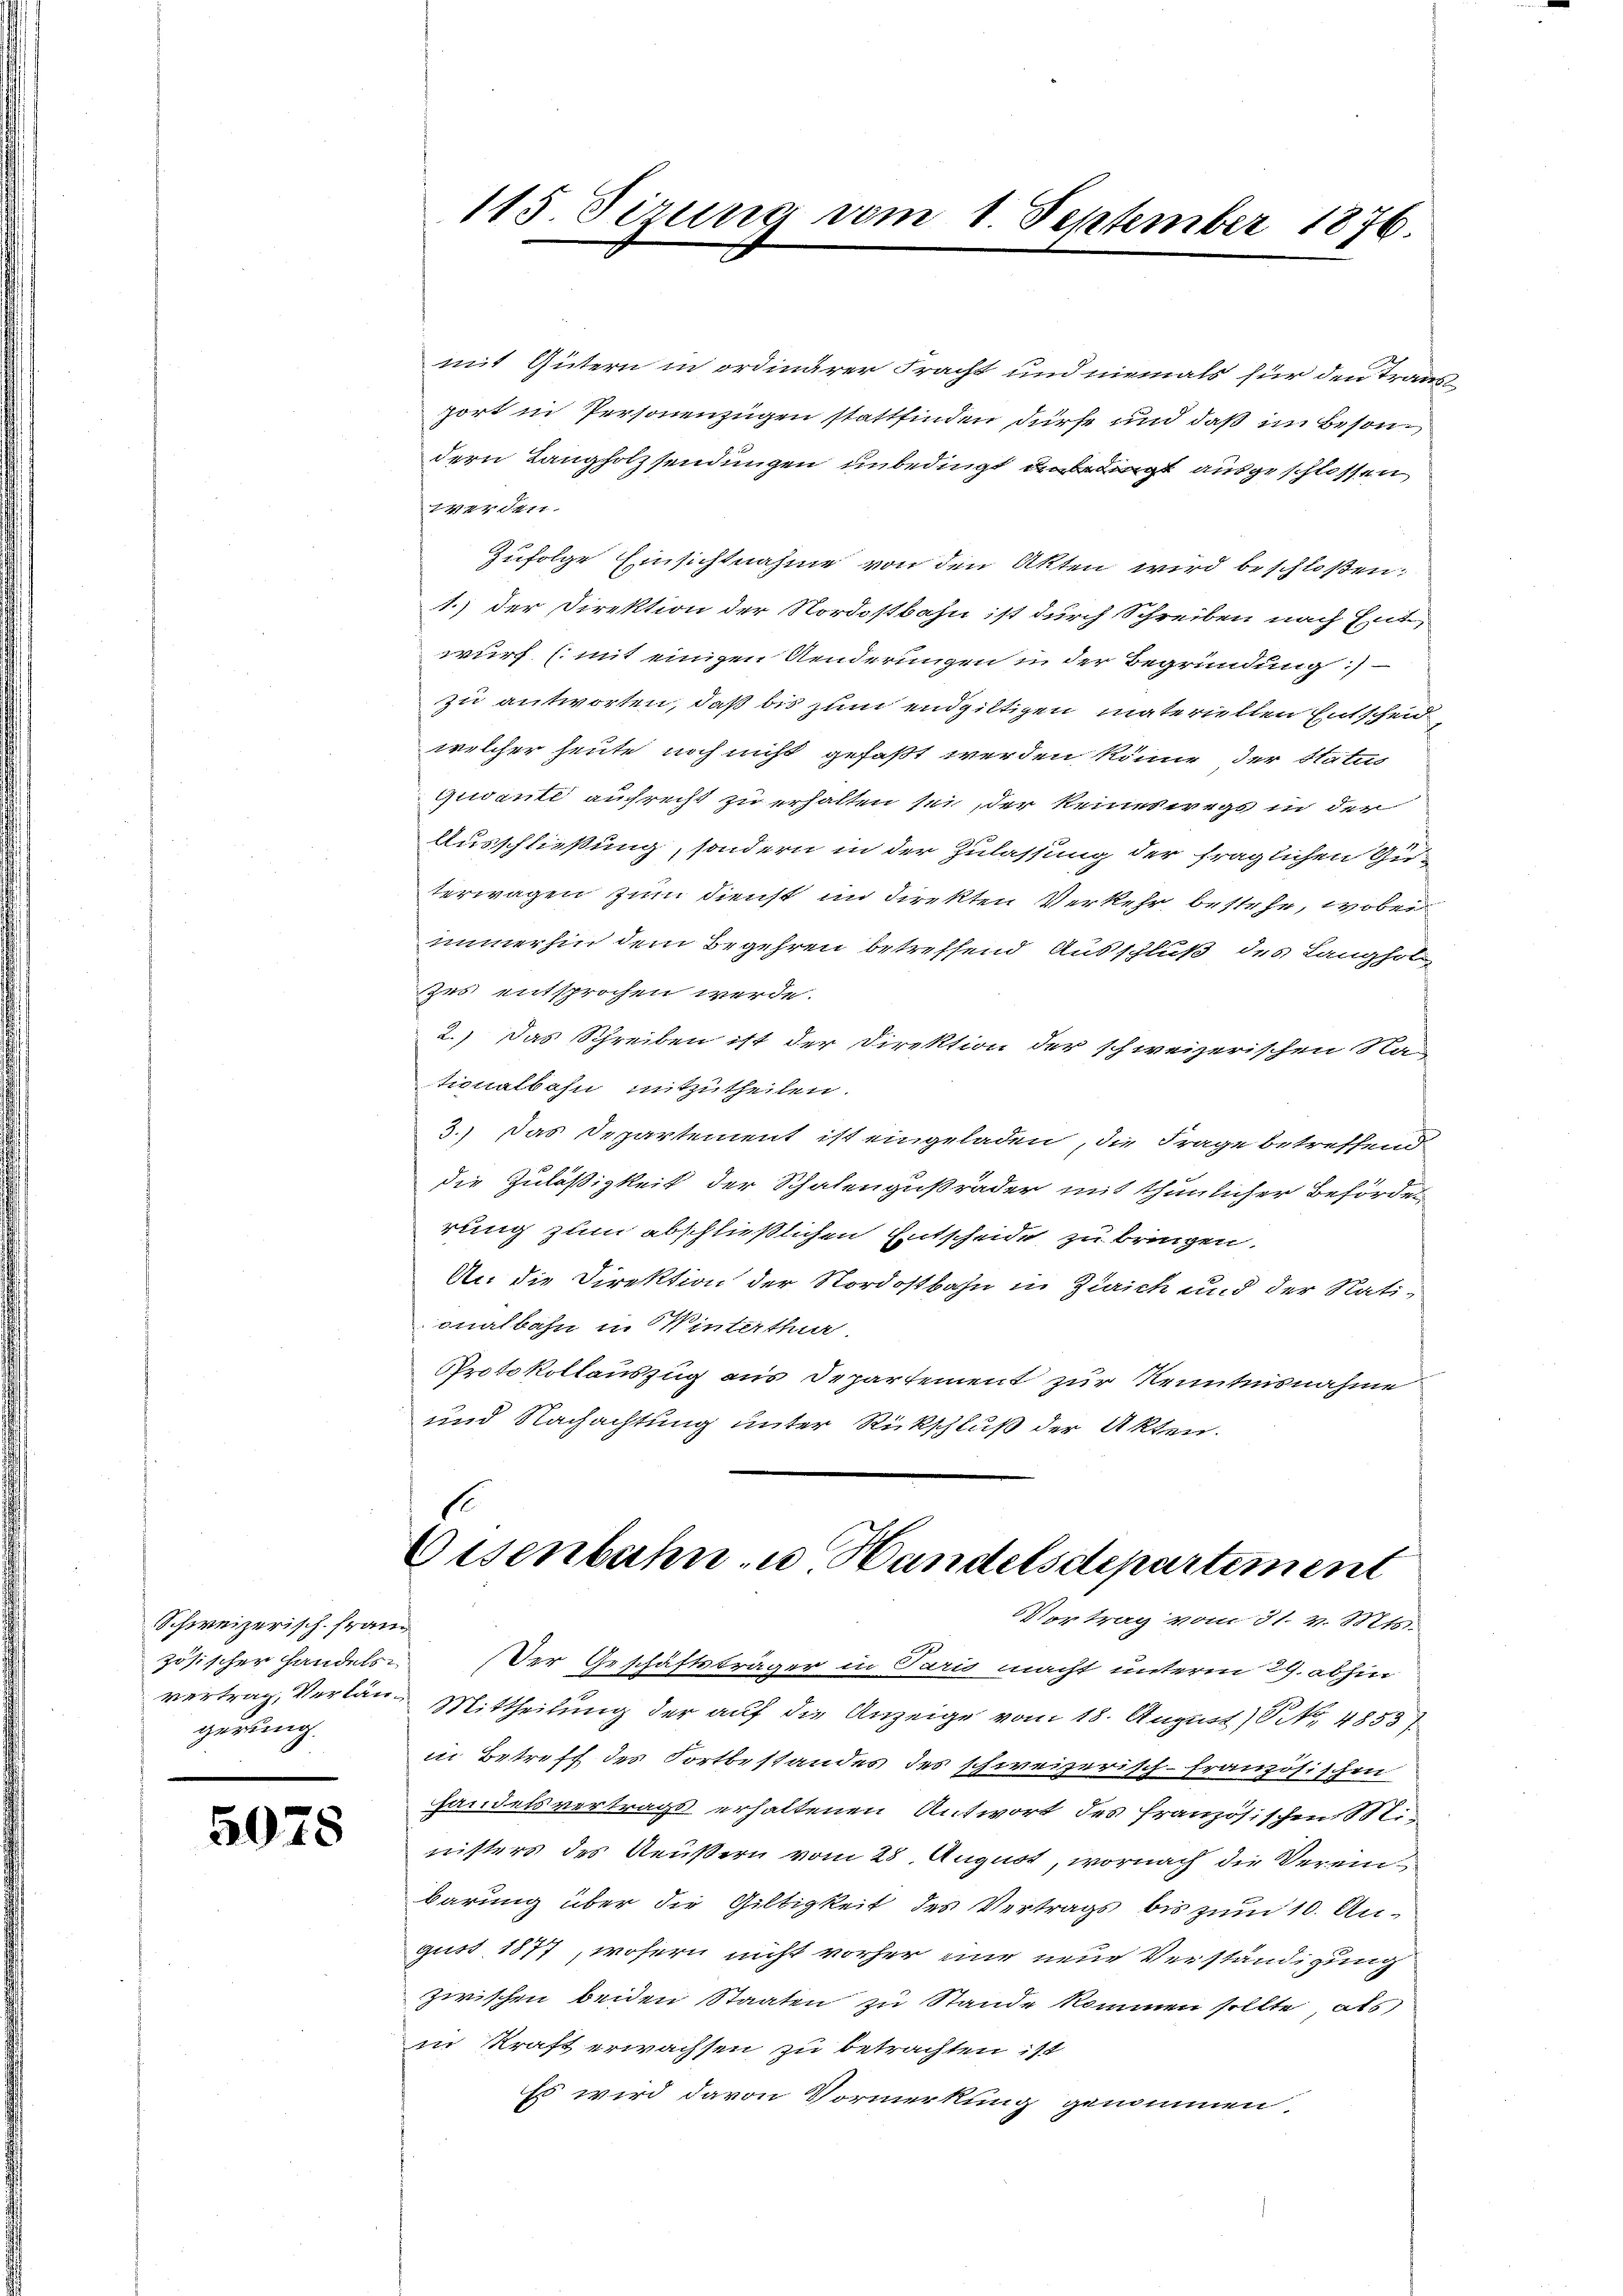
Schweizerisch. Franz
zösischer Handelsgerung.

5078

mit Gütern in ordinärer Fracht und niemals für den Transport in Personenzügen stattfinden dürfe und daß im Besondern Langholzsendungen unbedingt nit ausgeschlossen
2447. 1411.
Zufolge Einsichtnahme von den Akten wird beschloßen:
1.) der Direktion der Nordostbahn ist durch Schreiben nach Entwurf (mit einigen Aenderungen in der Begründung:
zu antworten, daß bis zum endgültigen materiellen Entscheid
welcher heute noch nicht gefaßt werden könne der Status
quivante aufrecht zu erhalten sei, der keineswegs in der
Ausschließung, sondern in der Zulassung der fraglichen Guterwagen zum Dienst im Direkten Verkehr bestehe, wobei
immerhin dem Begehren betreffend Ausschluß des Langhol
zes entsprochen werde.
2.) Das Schreiben ist der Direktion der schweizerischen Na-
tionalbahn mitzutheilen.
3.) Das Departement ist eingeladen, die Frage betreffend
die Zuläßigkeit der Schalengußräder mit thunlicher Behörders
rung zum abschließlichen Entscheide zu bringen.
An die Direktion der Nordostbahn in Zürich und der Rationalbahn in Winterthur.
Protokollauszug aus Departement zur Kenntnisnahme
und Nachachtung unter Rückschluß der Akten.

115. Sizung vom 1. September 1876.

1
Eisenbahn u. Handelsdepartiment
Vortrag vom 31. v. Mts.

Der Geschäftsträger in Paris macht unterm 29. abhin
vertrag, Verlän¬ Mittheilung der auf die Anzeige vom 18. August) S. 4853
in Betriff des Fortbestandes des schweizerisch-französischen
Handelsvertrags erhaltenen Antwort des französischen 111.
nisters des Aeußern vom 28. August, wornach die Vereinbarung über die Gültigkeit des Vertrags bis zum 10. August 1877, wofern nicht vorher eine neue Verständigung
zwischen beiden Staaten zu Stande kommen sollte, als
in Kraft erwachsen zu betrachten ist
Es wird davon Vormerkung genommen.